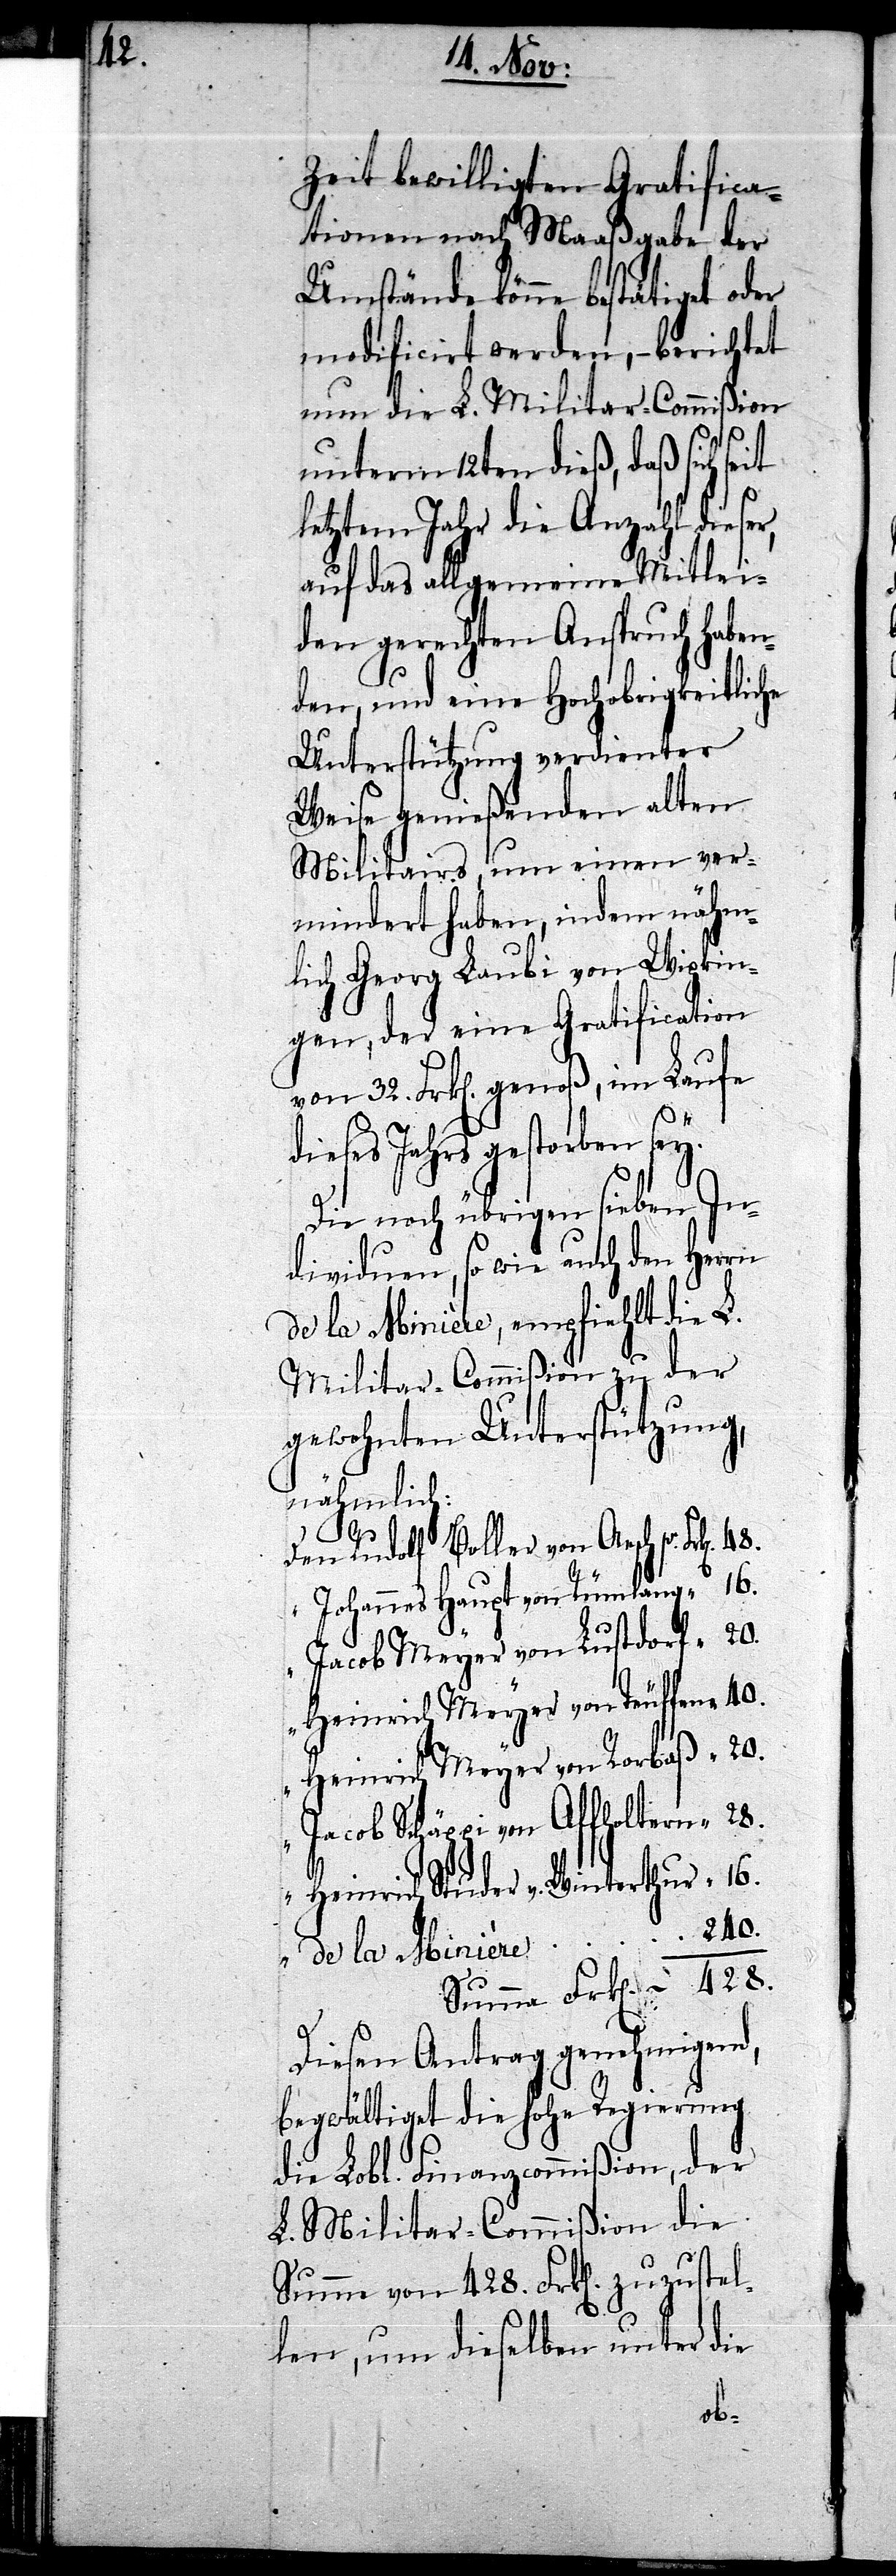
428.

Zeit bewilligten Gratifica¬
tionen nach Maaßgabe der
Umstände könne bestätigt oder
modificirt werden, – berichtet
nun die L. Militar-Commißion
unterm 12ten dieß, daß sich seit
letztem Jahr die Anzahl dieser,
auf das allgemeine Mitlei¬
den gerechten Anspruch haben¬
den, und eine Hochobrigkeitliche
Unterstützung verdienter
Weise genießenden alten
Militairs, um einen ver¬
mindert haben, indem näm¬
lich Georg Laubi von Wipkin¬
gen, der eine Gratification
Frk[en]. genoß, im Laufe
dieses Jahres gestorben sey.
Die noch übrigen sieben In¬
dividuen, so wie auch den Herrn
de la Minière, empfiehlt die L.
Militar-Commißion zu der
gewohnten Unterstützung,
nähmlich:
de
la
Den Rudolf Boller von Aesch 	Frk[en].
“ Johannes Haupt von Rümlang
“ Jacob Meyer von Lustdorf
Heinrich Meyer von Teuffen
Heinrich Meyer von Rorbaß	“
Jacob Schäppi von Affholtern
“ Heinrich Studer v. Winterthur
Diesen Antrag genehmigend,
begwältiget die Hohe Regierung
die Lobl. Finanzcommißion, der
L. Militar-Commißion die
Summe von 428. Frk[en]. zuzustel¬
len, um dieselben unter die
16.